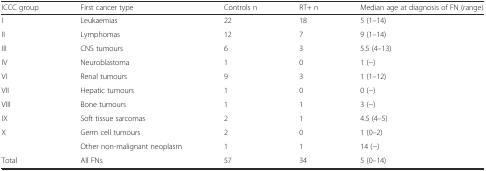
<table><thead><tr><td><b>ICCC group</b></td><td><b>First cancer type</b></td><td><b>Controls n</b></td><td><b>RT+ n</b></td><td><b>Median age at diagnosis of FN (range)</b></td></tr></thead><tbody><tr><td>I</td><td>Leukaemias</td><td>22</td><td>18</td><td>5 (1–14)</td></tr><tr><td>II</td><td>Lymphomas</td><td>12</td><td>7</td><td>9 (1–14)</td></tr><tr><td>III</td><td>CNS tumours</td><td>6</td><td>3</td><td>5.5 (4–13)</td></tr><tr><td>IV</td><td>Neuroblastoma</td><td>1</td><td>0</td><td>1 (−)</td></tr><tr><td>VI</td><td>Renal tumours</td><td>9</td><td>3</td><td>1 (1–12)</td></tr><tr><td>VII</td><td>Hepatic tumours</td><td>1</td><td>0</td><td>0 (−)</td></tr><tr><td>VIII</td><td>Bone tumours</td><td>1</td><td>1</td><td>3 (−)</td></tr><tr><td>IX</td><td>Soft tissue sarcomas</td><td>2</td><td>1</td><td>4.5 (4–5)</td></tr><tr><td>X</td><td>Germ cell tumours</td><td>2</td><td>0</td><td>1 (0–2)</td></tr><tr><td></td><td>Other non-malignant neoplasm</td><td>1</td><td>1</td><td>14 (−)</td></tr><tr><td>Total</td><td>All FNs</td><td>57</td><td>34</td><td>5 (0–14)</td></tr></tbody></table>